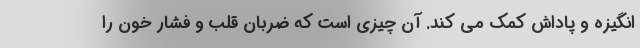
انگیزه و پاداش کمک می کند. آن چیزی است که ضربان قلب و فشار خون را